Indian journal of veterinary science and animal husbandry - Volumes 28-29, 1958-1959
Year: 1958
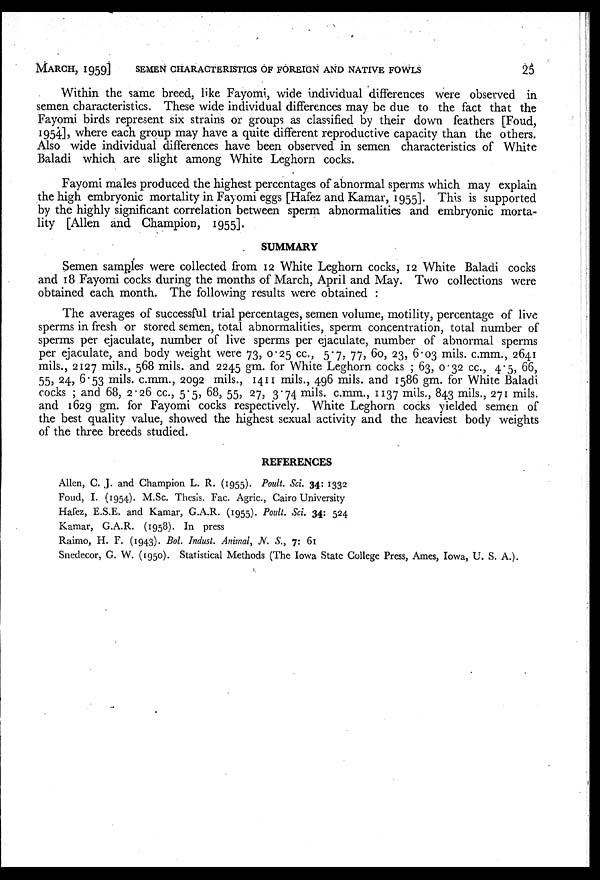
MARCH, 1959] SEMEN CHARACTERISTICS OF FOREIGN AND NATIVE FOWLS 25
Within the same breed, like Fayomi, wide individual differences were observed in
semen characteristics. These wide individual differences may be due to the fact that the
Fayomi birds represent six strains or groups as classified by their down feathers [Foud,
1954], where each group may have a quite different reproductive capacity than the others.
Also wide individual differences have been observed in semen characteristics of White
Baladi which are slight among White Leghorn cocks.
Fayomi males produced the highest percentages of abnormal sperms which may explain
the high embryonic mortality in Fayomi eggs [Hafez and Kamar, 1955]. This is supported
by the highly significant correlation between sperm abnormalities and embryonic morta-
lity [Allen and Champion, 1955].
SUMMARY
Semen samples were collected from 12 White Leghorn cocks, 12 White Baladi cocks
and 18 Fayomi cocks during the months of March, April and May. Two collections were
obtained each month. The following results were obtained :
The averages of successful trial percentages, semen volume, motility, percentage of live
sperms in fresh or stored semen, total abnormalities, sperm concentration, total number of
sperms per ejaculate, number of live sperms per ejaculate, number of abnormal sperms
per ejaculate, and body weight were 73, 0.25 cc., 5.7, 77, 60, 23, 6.03 mils. c.mm., 2641
mils., 2127 mils., 568 mils. and 2245 gm. for White Leghorn cocks ; 63, 0.32 cc., 4.5, 66,
55, 24, 6.53 mils. c.mm., 2092 mils., 1411 mils., 496 mils. and 1586 gm. for White Baladi
cocks ; and 68, 2.26 cc., 5.5, 68, 55, 27, 3.74 mils. c.mm., 1137 mils., 843 mils., 271 mils.
and 1629 gm. for Fayomi cocks respectively. White Leghorn cocks yielded semen of
the best quality value, showed the highest sexual activity and the heaviest body weights
of the three breeds studied.
REFERENCES
Allen, C. J. and Champion L. R. (1955). Poult. Sci. 34: 1332
Foud, I. (1954). M.Sc. Thesis. Fac. Agric., Cairo University
Hafez, E.S.E. and Kamar, G.A.R. (1955). Poult. Sci. 34: 524
Kamar, G.A.R. (1958). In press
Raimo, H. F. (1943). Bol. Indust. Animal, N. S., 7: 61
Snedecor, G. W. (1950). Statistical Methods (The Iowa State College Press, Ames, Iowa, U. S. A.).